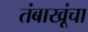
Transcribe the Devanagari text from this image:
तंबाखूंचा